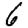
Digit: 6